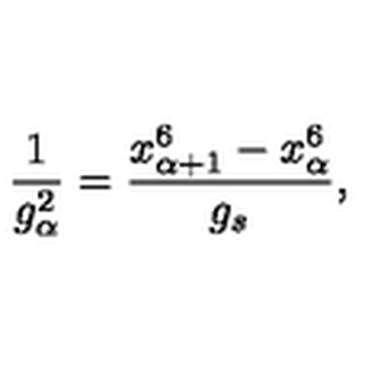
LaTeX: \frac { 1 } { g _ { \alpha } ^ { 2 } } = \frac { x _ { \alpha + 1 } ^ { 6 } - x _ { \alpha } ^ { 6 } } { g _ { s } } ,